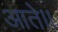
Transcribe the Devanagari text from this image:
आते।।